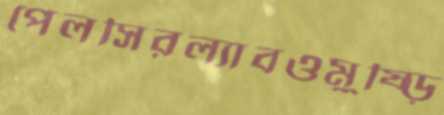
পেলসিরল্যাবওমুষ্‌ড়ি